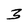
Character: 3